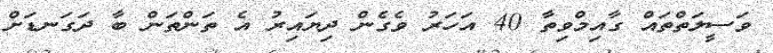
ވަސީލަތްތައް ގާއިމްވިތާ 40 އަހަރު ވެގެން ދިޔައިރު އެ ތަންތަން ބާ ދަގަނޑަށް